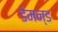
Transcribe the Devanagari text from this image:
डेमन्ड